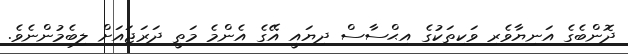
ދޮންބެގެ އަނިޔާވެރި ވަކިތަކުގެ އިޙްސާސް ދިޔައީ އޭގެ އެންމެ މަތީ ދަރަޖައަށް ލިބެމުންނެވެ.